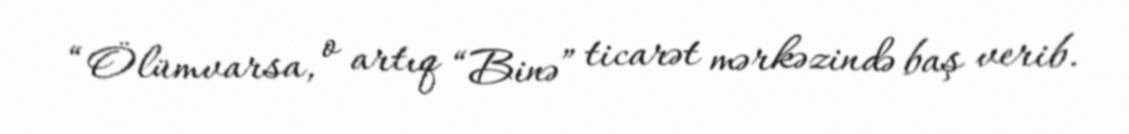
“Ölümvarsa, o artıq “Binə” ticarət mərkəzində baş verib.